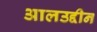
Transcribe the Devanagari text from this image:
आलउद्दीन